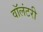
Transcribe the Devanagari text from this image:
वाॅलंटरी